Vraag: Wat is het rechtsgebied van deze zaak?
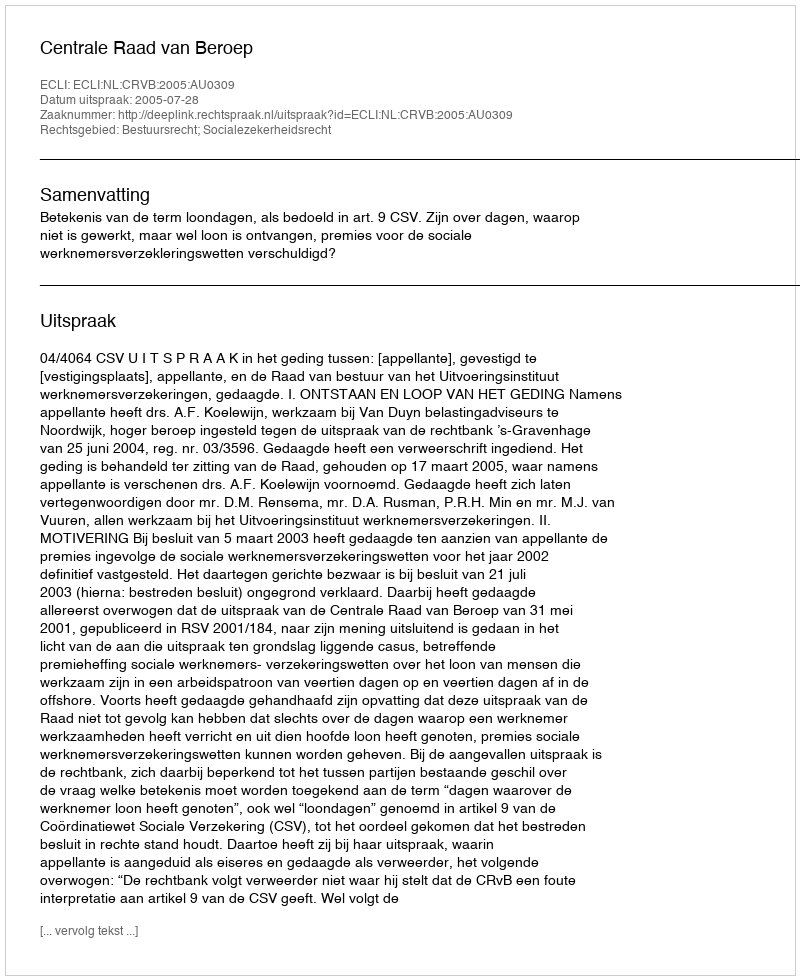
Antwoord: Bestuursrecht; Socialezekerheidsrecht